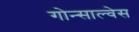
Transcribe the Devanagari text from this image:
गोन्साल्वेस